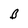
Character: B